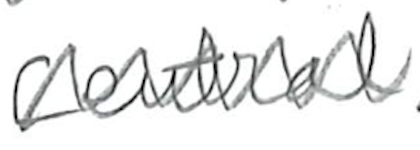
Text: Central
Cross-out: zig-zag
Writing tool: pencil